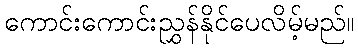
ကောင်းကောင်းညွှန်နိုင်ပေလိမ့်မည်။